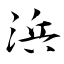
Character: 浜